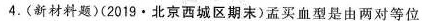
4.(新材料题)(2019·北京西城区期末)孟买血型是由两对等位